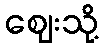
ဈေးသို့